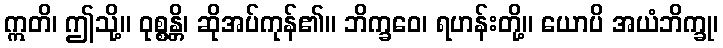
ဣတိ၊ ဤသို့။ ဝုစ္စန္တိ၊ ဆိုအပ်ကုန်၏။ ဘိက္ခဝေ၊ ရဟန်းတို့။ ယောပိ အယံဘိက္ခု၊